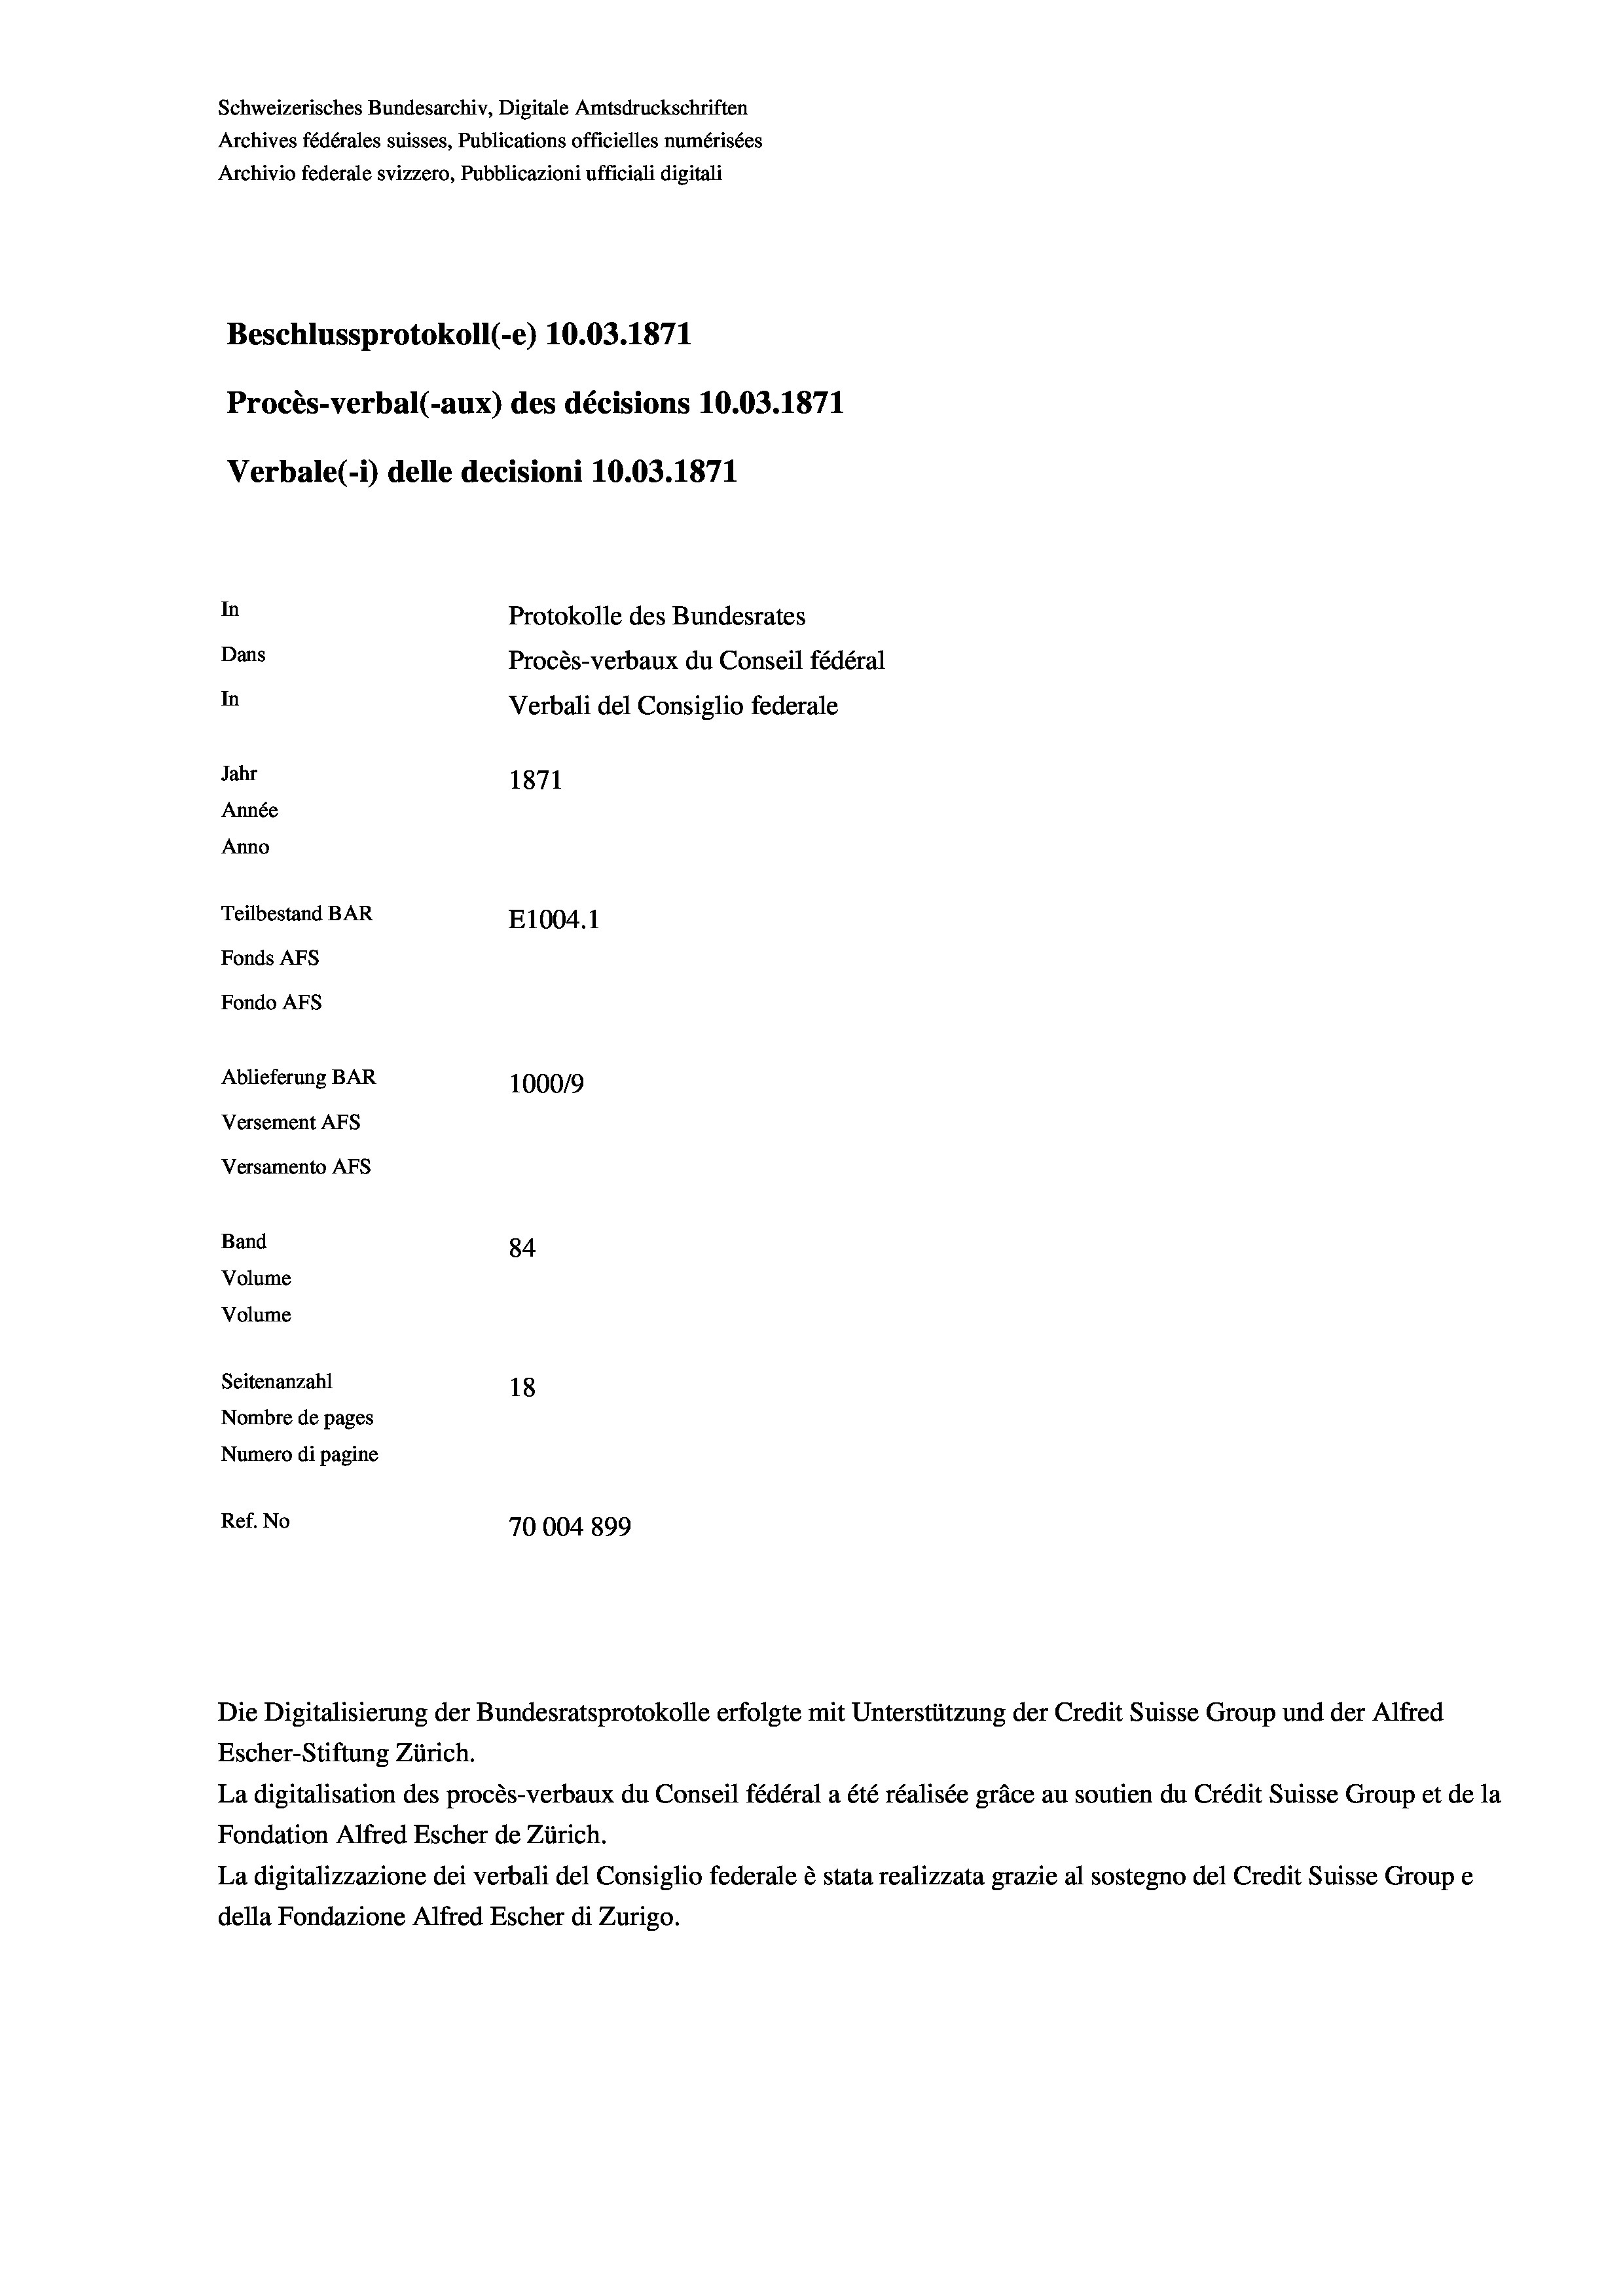
Schweizerisches Bundesarchiv, Digitale Amtsdruckschriften
Archives fédérales suisses, Publications officielles numérisées
Archivio federale svizzero, Pubblicazioni ufficiali digitali
Beschlussprotokoll (-e) 10.03. 1871
Procès-verbal (-aux) des décisions 10.03. 1871
Verbale (1) delle decisioni 10.03. 1871
In
Protokolle des Bundesrates
Dans
Procès-verbaux du Conseil fédéral
In
Verbali del Consiglio federale
Jahr
1871
Année
Anno
Teilbestand BAR
E1004.1
Fonds AFs
Fondo AFs
Ablieferung BAR
100019
Versement Abs
Versamento AFs
Band
84
Volume
Volume
Seitenanzahl
18
Nombre de pages
Numero di pagine
Ref. No
70004899

Escher-Stiftung Zürich.
La digitalisation des procès-verbaux du Conseil fédéral a été réalisée gräce au soutien du Crédit Suisse Group et de la
Fondation Alfred Escher de Zürich.
La digitalizzazione dei verbali del Consiglio federale è stata realizzata grazie al sostegno del Credit Suisse Groupe
della Fondazione Alfred Escher di Zurigo.

Die Digitalisierung der Bundesratsprotokolle erfolgte mit Unterstützung der Credit Suisse Group und der Alfred